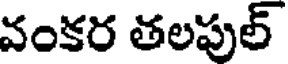
వంకర తలపుల్